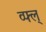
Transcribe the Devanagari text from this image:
व्फ्ल्